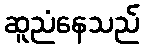
ဆူညံနေသည်